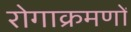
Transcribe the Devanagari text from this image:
रोगाक्रमणों